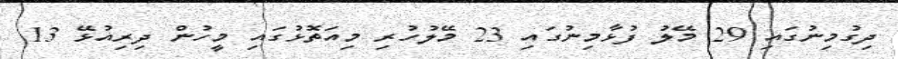
ދިގުމިނުގައި 29 މޭލު ފުޅާމިނުގައި 23 މޭލުހުރި މިއަތޮޅުގައި މީހުން ދިރިއުޅޭ 13